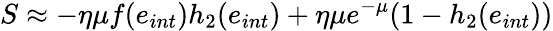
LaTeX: S\approx-\eta\mu f(e_{int})h_{2}(e_{int})+\eta\mu e^{-\mu}(1-h_{2}(e_{int}))